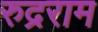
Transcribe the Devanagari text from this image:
रुद्रराम